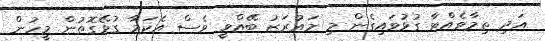
އަދި ތިމާވެއްޓާ ގުޅުވައިގެން މި މައުރަޒު ބޭއްވީ ވެސް އެކަމާ ގުޅޭގޮތުން މީހުން